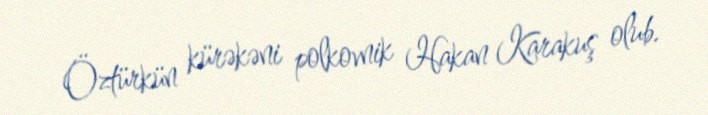
Öztürkün kürəkəni polkovnik Hakan Karakuş olub.